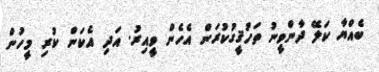
ބެއްޔާ ކަލޭ ދާންވީނު ތަހުޤީގުކުރަން އެހެން ވީއިރު. އަދި އެކަން ކުރި މީހުން